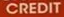
CREDIT